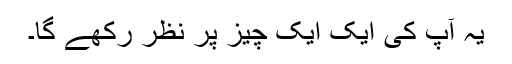
یہ آپ کی ایک ایک چیز پر نظر رکھے گا۔